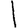
Digit: 1